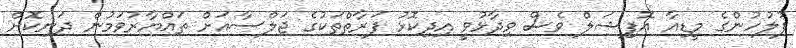
ފުލުހުންގެ މީޑިއާ އޮފިޝަލް ވެސް ވިދާޅުވީ އިދިކޮޅު ފަރާތްތަކުގެ ޖަލްސާއަށް ތައްޔާރުވަމުން ދަނިކޮށް